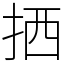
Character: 拪